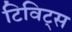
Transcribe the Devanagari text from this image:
टिविट्स